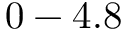
0 - 4 . 8